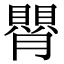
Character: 𦡺